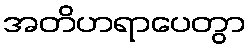
အတိဟရာပေတွာ